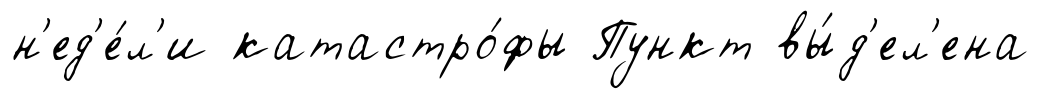
н'ед'е́л'и катастро́фы Пункт вы́д'ел'ена